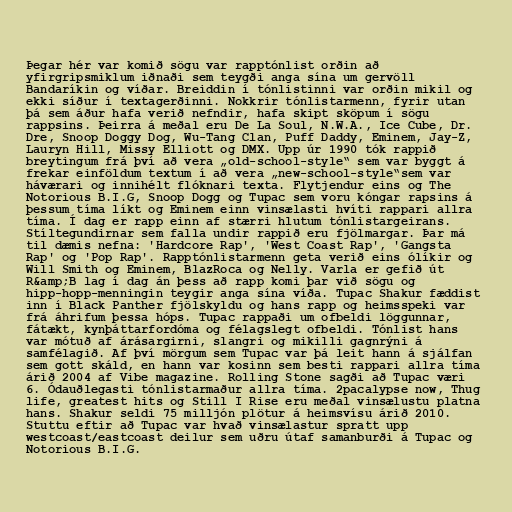
Þegar hér var komið sögu var rapptónlist orðin að
yfirgripsmiklum iðnaði sem teygði anga sína um gervöll
Bandaríkin og víðar. Breiddin í tónlistinni var orðin mikil og
ekki síður í textagerðinni. Nokkrir tónlistarmenn, fyrir utan
þá sem áður hafa verið nefndir, hafa skipt sköpum í sögu
rappsins. Þeirra á meðal eru De La Soul, N.W.A., Ice Cube, Dr.
Dre, Snoop Doggy Dog, Wu-Tang Clan, Puff Daddy, Eminem, Jay-Z,
Lauryn Hill, Missy Elliott og DMX. Upp úr 1990 tók rappið
breytingum frá því að vera „old-school-style“ sem var byggt á
frekar einföldum textum í að vera „new-school-style“sem var
háværari og innihélt flóknari texta. Flytjendur eins og The
Notorious B.I.G, Snoop Dogg og Tupac sem voru kóngar rapsins á
þessum tíma líkt og Eminem einn vinsælasti hvíti rappari allra
tíma. Í dag er rapp einn af stærri hlutum tónlistargeirans.
Stíltegundirnar sem falla undir rappið eru fjölmargar. Þar má
til dæmis nefna: 'Hardcore Rap', 'West Coast Rap', 'Gangsta
Rap' og 'Pop Rap'. Rapptónlistarmenn geta verið eins ólíkir og
Will Smith og Eminem, BlazRoca og Nelly. Varla er gefið út
R&amp;B lag í dag án þess að rapp komi þar við sögu og
hipp-hopp-menningin teygir anga sína víða. Tupac Shakur fæddist
inn í Black Panther fjölskyldu og hans rapp og heimsspeki var
frá áhrifum þessa hóps. Tupac rappaði um ofbeldi löggunnar,
fátækt, kynþáttarfordóma og félagslegt ofbeldi. Tónlist hans
var mótuð af árásargirni, slangri og mikilli gagnrýni á
samfélagið. Af því mörgum sem Tupac var þá leit hann á sjálfan
sem gott skáld, en hann var kosinn sem besti rappari allra tíma
árið 2004 af Vibe magazine. Rolling Stone sagði að Tupac væri
6. Ódauðlegasti tónlistarmaður allra tíma. 2pacalypse now, Thug
life, greatest hits og Still I Rise eru meðal vinsælustu platna
hans. Shakur seldi 75 milljón plötur á heimsvísu árið 2010.
Stuttu eftir að Tupac var hvað vinsælastur spratt upp
westcoast/eastcoast deilur sem uðru útaf samanburði á Tupac og
Notorious B.I.G.